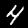
Digit: 4